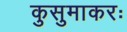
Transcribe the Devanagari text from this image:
कुसुमाकरः